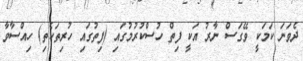
ދެވަނަ ކަމަކީ ވޭގަސް ނާރު އަކީ ފިތް ހުސްކުރުމުގައި (ފިތުގައި ހުރިތަކެތި) ހިއްސާވާ